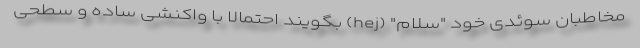
مخاطبان سوئدی خود "سلام" (hej) بگویند احتمالا با واکنشی ساده و سطحی